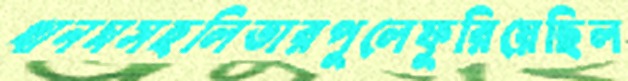
খানমসহলিভারপুলেফুরিয়েছিল